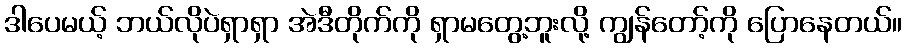
ဒါပေမယ့် ဘယ်လိုပဲရှာရှာ အဲဒီတိုက်ကို ရှာမတွေ့ဘူးလို့ ကျွန်တော့်ကို ပြောနေတယ်။